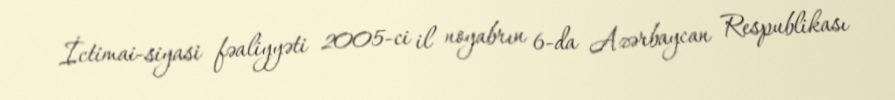
İctimai-siyasi fəaliyyəti 2005-ci il noyabrın 6-da Azərbaycan Respublikası